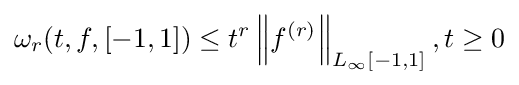
\omega _{r}(t,f,[-1,1])\leq t^{r}\left\|f^{(r)}\right\|_{L_{\infty }[-1,1]},t\geq 0